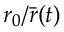
r _ { 0 } / { \bar { r } } ( t )